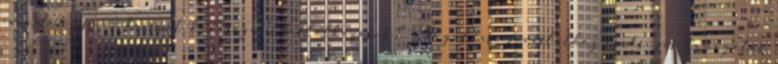
javaslat összes becsült költsége ▪Vállalkozások% ▪Megoldási javaslathoz szükséges támogatás